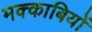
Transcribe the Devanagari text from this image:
मक्काबियों